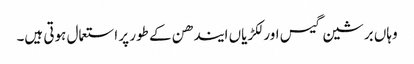
وہاں برشین گیس اور لکڑیاں ایندھن کے طور پر استعمال ہوتی ہیں۔